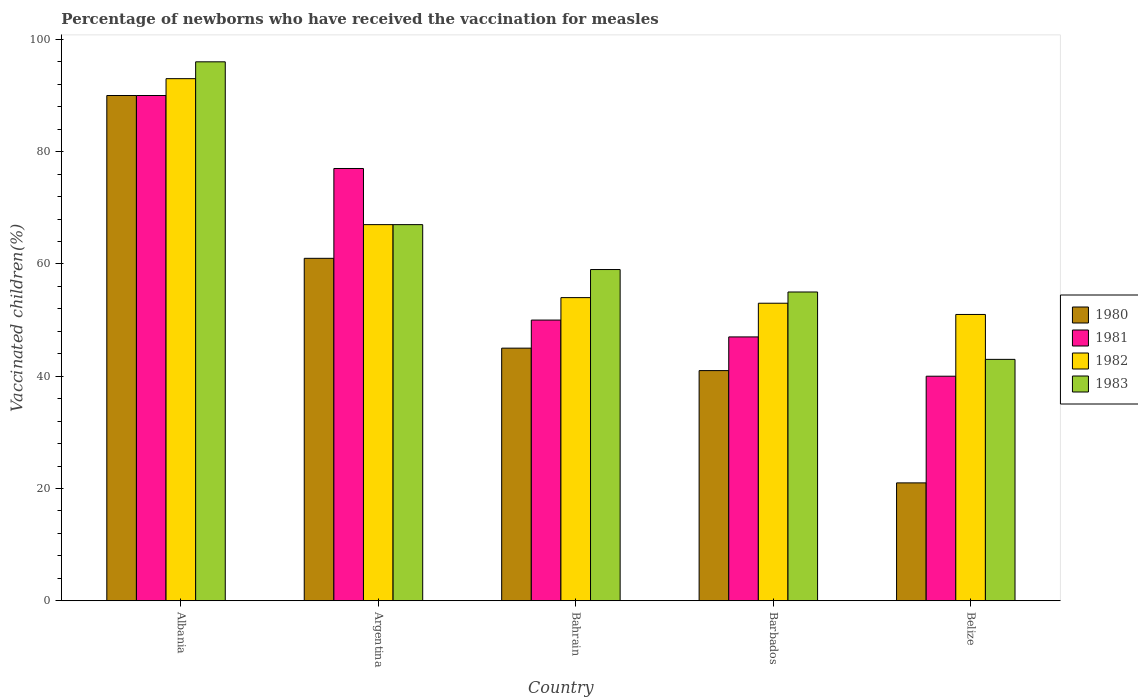
| Country | 1980 | 1981 | 1982 | 1983 |
 | --- | --- | --- | --- | --- |
 | Albania | 90 | 90 | 93 | 96 |
 | Argentina | 61 | 77 | 67 | 67 |
 | Bahrain | 45 | 50 | 54 | 59 |
 | Barbados | 41 | 47 | 53 | 55 |
 | Belize | 21 | 40 | 51 | 43 |